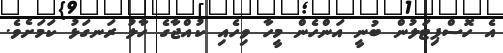
އެ ހޮސްޕިޓަލުން ބުނީ އަންހެން މީހާ ވިހެއި ކުއްޖާގެ ހާލު ރަނގަޅު ކަމަށެވެ.